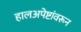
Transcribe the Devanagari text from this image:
हालअपेष्टांवरून